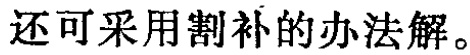
还可采用割补的办法解。